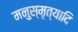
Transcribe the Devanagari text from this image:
मनुस्मृत्यादि